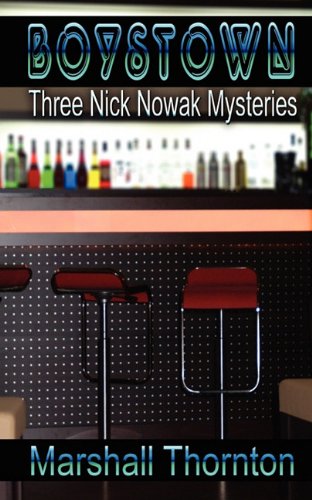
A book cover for Boystown: Three Nick Nowak Mysteries; Marshall Thornton; Gay & Lesbian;